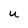
Character: U